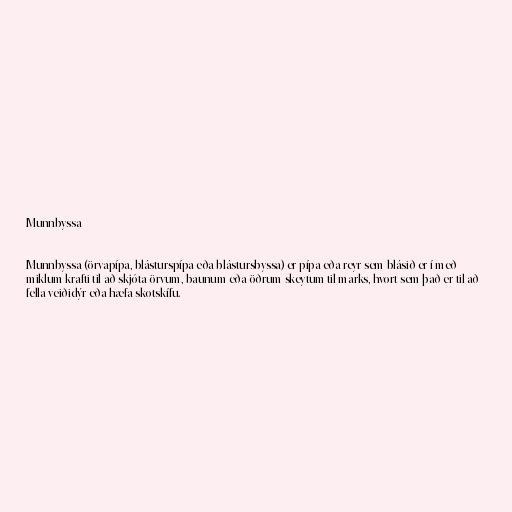
Munnbyssa

Munnbyssa (örvapípa, blásturspípa eða blástursbyssa) er pípa eða reyr sem blásið er í með
miklum krafti til að skjóta örvum, baunum eða öðrum skeytum til marks, hvort sem það er til að
fella veiðidýr eða hæfa skotskífu.